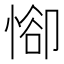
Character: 𢜭